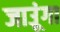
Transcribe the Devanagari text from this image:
जाउूंगा